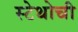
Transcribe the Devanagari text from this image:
स्टेथोची